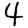
Digit: 4